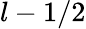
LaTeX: l-1/2